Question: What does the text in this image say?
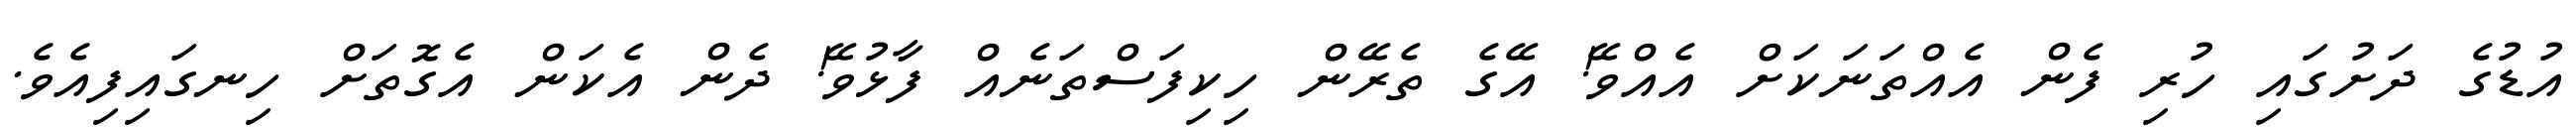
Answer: އުޑުގެ ދަށުގައި ހުރި ފެން އެއްތަނަކަށް އެއްވޭ! އޭގެ ތެރޭން ހިކިފަސްތަނެއް ފާޅުވޭ! ދެން އެކަން އެގޮތަށް ހިނގައިފިއެވެ.